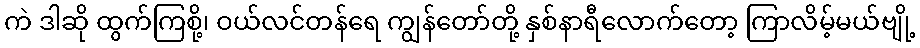
ကဲ ဒါဆို ထွက်ကြစို့၊ ဝယ်လင်တန်ရေ ကျွန်တော်တို့ နှစ်နာရီလောက်တော့ ကြာလိမ့်မယ်ဗျို့